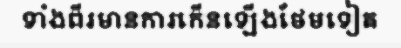
ទាំងពីរមានការកើនឡើងថែមទៀត